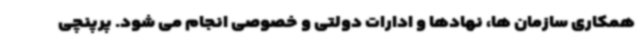
همکاری سازمان ها، نهادها و ادارات دولتی و خصوصی انجام می شود. پرپنچی